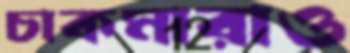
চাকমারাও